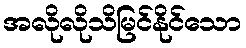
အလိုလိုသိမြင်နိုင်သော